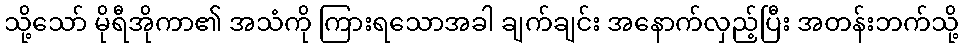
သို့သော် မိုရီအိုကာ၏ အသံကို ကြားရသောအခါ ချက်ချင်း အနောက်လှည့်ပြီး အတန်းဘက်သို့